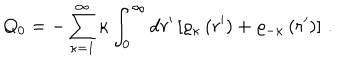
Q _ { 0 } = - \sum _ { \kappa = 1 } ^ { \infty } \kappa \int _ { 0 } ^ { \infty } \mathrm { d } r ^ { \prime } \left[ \varrho _ { \kappa } \left( r ^ { \prime } \right) + \varrho _ { - \kappa } \left( r ^ { \prime } \right) \right] \, .